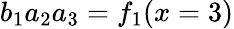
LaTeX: b_{1}a_{2}a_{3}=f_{1}(x=3)